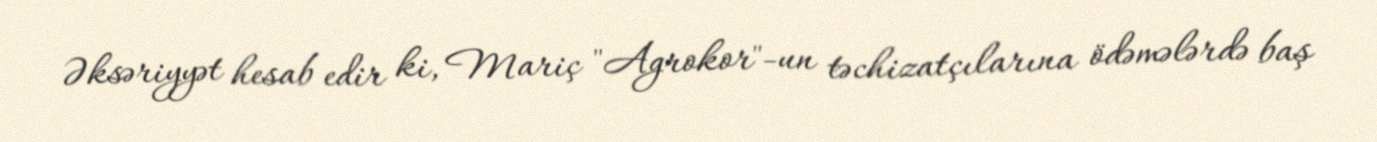
Əksəriyyət hesab edir ki, Mariç "Agrokor"-un təchizatçılarına ödəmələrdə baş